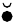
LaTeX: \breve{\bullet}